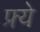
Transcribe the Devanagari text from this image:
फ्र्ये